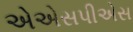
એએસપીએસ